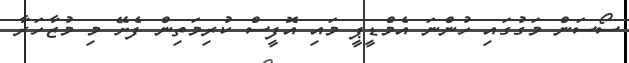
ސޯސަން މަގުގައި ހުންނަ އެމްޑީޕީ މައި އޮފީސް ކުރިމަތިން ފެށޭ މި މުޒާހަރާ